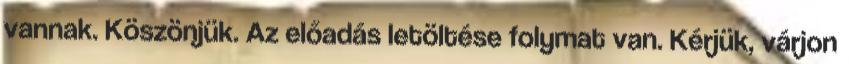
vannak. Köszönjük. Az előadás letöltése folymat van. Kérjük, várjon